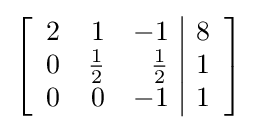
\left[{\begin{array}{rrr|r}2&1&-1&8\\0&{\frac {1}{2}}&{\frac {1}{2}}&1\\0&0&-1&1\end{array}}\right]